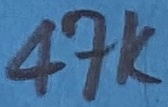
Text: 47K